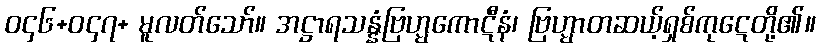
ဝ၄၆+ဝ၄၇+ မူလတ်သော်။ အဋ္ဌာရသန္နံဗြဟ္မကောဋီနံ၊ ဗြဟ္မာတဆယ့်ရှစ်ကုဋေတို့၏။